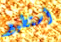
أستطيع